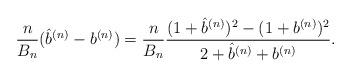
LaTeX: \begin{align*}\frac{n}{B_{n}}(\hat b^{(n)} -b^{(n)} ) = \frac{n}{B_{n}} \frac{(1+ \hat b^{(n)})^2 -(1+ b^{(n)})^2}{2+ \hat b^{(n)} + b^{(n)}}.\end{align*}